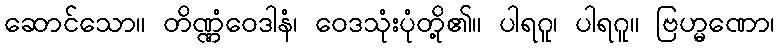
ဆောင်သော။ တိဏ္ဏံဝေဒါနံ၊ ဝေဒသုံးပုံတို့၏။ ပါရဂူ၊ ပါရဂူ။ ဗြဟ္မဏော၊